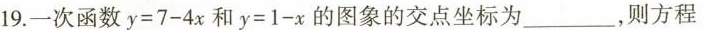
19.一次函数$$y = 7 - 4 x$$和$$y = 1 - x$$的图象的交点坐标为_，则方程